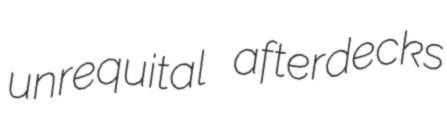
unrequital afterdecks